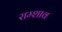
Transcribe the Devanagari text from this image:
राम्शाव